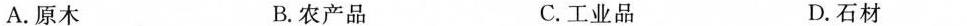
A.原木 B.农产品 C.工业品 D.石材